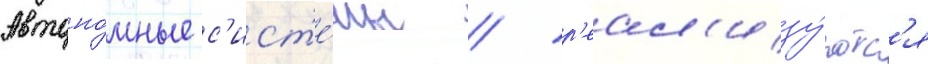
Автоно́мные с'ист'е́мы / р'еал'изу́ютс'я